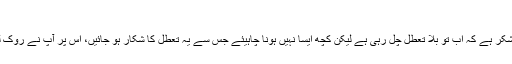
مانی شنکر آیار
’’ہماری (بھارت کی) آپ (پاکستان) سے گفتگو بلا تعطل ہونی چاہیئے، شکر ہے کہ اب تو بلا تعطل چل رہی ہے لیکن کچھ ایسا نہیں ہونا چاہیئے جس سے یہ تعطل کا شکار ہو جائیں، اس پر آپ نے روک لگا دیا تو باقی سارے معاملات کا حل نکالنا بہت مشکل چیز نہیں ہو گی۔